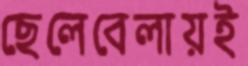
ছেলেবেলায়ই